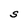
Character: S